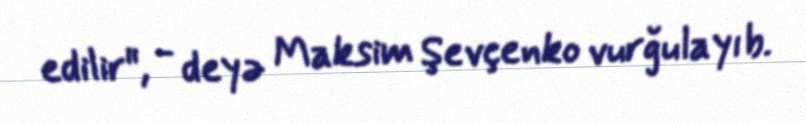
edilir", - deyə Maksim Şevçenko vurğulayıb.